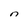
Character: n